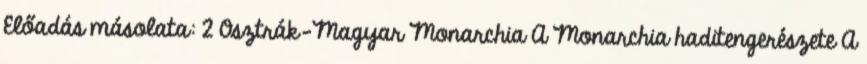
Előadás másolata: 2 Osztrák-Magyar Monarchia A Monarchia haditengerészete A